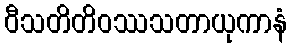
ဝီသတိတိဝဿသတာယုကာနံ